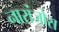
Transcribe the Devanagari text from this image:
नारांजोस